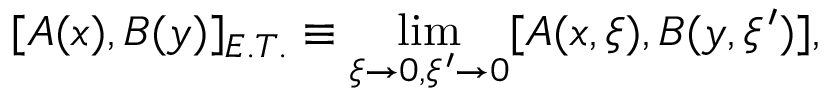
[ A ( x ) , B ( y ) ] _ { E . T . } \equiv \operatorname * { l i m } _ { \xi \to 0 , \xi ^ { \prime } \to 0 } [ A ( x , \xi ) , B ( y , \xi ^ { \prime } ) ] ,